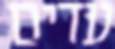
עדים